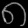
Digit: ၈